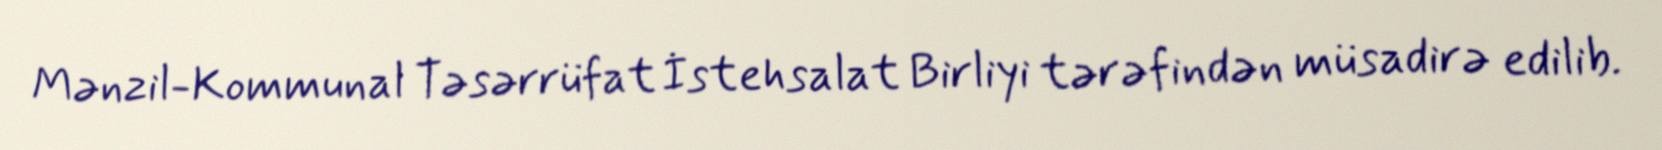
Mənzil-Kommunal Təsərrüfat İstehsalat Birliyi tərəfindən müsadirə edilib.